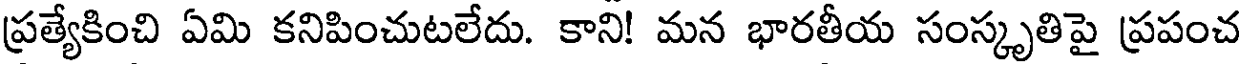
ప్రత్యేకించి ఏమి కనిపించుటలేదు. కాని! మన భారతీయ సంస్కృతిపై ప్రపంచ